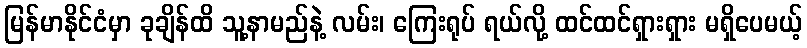
မြန်မာနိုင်ငံမှာ ခုချိန်ထိ သူ့နာမည်နဲ့ လမ်း၊ ကြေးရုပ် ရယ်လို့ ထင်ထင်ရှားရှား မရှိပေမယ့်